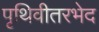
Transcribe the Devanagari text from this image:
पृथिवीतरभेद